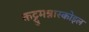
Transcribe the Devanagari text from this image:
कट्टुमन्नारकोइल